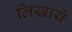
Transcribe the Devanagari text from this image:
लिखाये